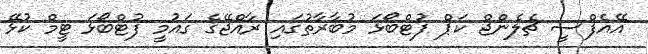
އޭއެފްސީ ޗެލެންޖް ކަޕް ފުޓްބޯޅަ މުބާރާތުގައި ރާއްޖޭގެ ގައުމީ ފުޓްބޯޅަ ޓީމް ކުޅޭ